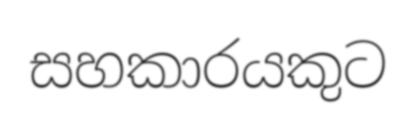
සහකාරයකුට